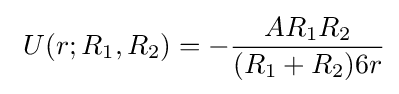
\ U(r;R_{1},R_{2})=-{\frac {AR_{1}R_{2}}{(R_{1}+R_{2})6r}}